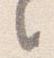
之